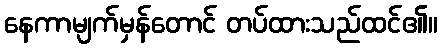
နေကာမျက်မှန်တောင် တပ်ထားသည်ထင်၏။